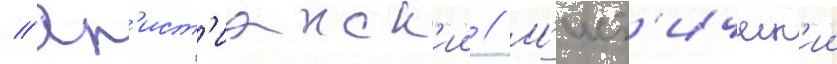
// Хр'ист'ианск'ии // М'ист'ическ'ии